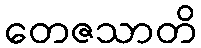
တေဇသာတိ